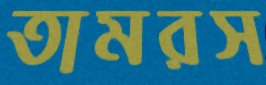
তামরস